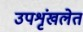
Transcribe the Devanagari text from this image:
उपशृंखलेत